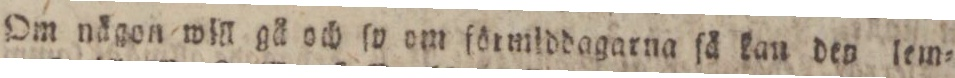
Om nägon will gä och ſo om förmiddagarna ſå kan den lem=